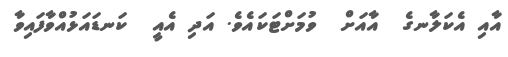
އާއި އެކަލާނގެ  އާއަށް  ވުމަށްޓަކައެވެ. އަދި އެއީ  ކަނޑައަޅުއްވާފައިވާ